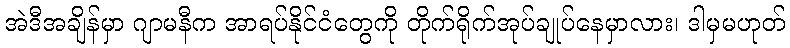
အဲဒီအချိန်မှာ ဂျာမနီက အာရပ်နိုင်ငံတွေကို တိုက်ရိုက်အုပ်ချုပ်နေမှာလား၊ ဒါမှမဟုတ်